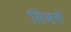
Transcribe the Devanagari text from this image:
सिबले